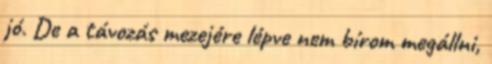
jó. De a távozás mezejére lépve nem bírom megállni,